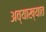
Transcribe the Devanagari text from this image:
अव्याख्यात